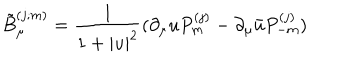
LaTeX: \tilde { B } _ { \mu } ^ { ( j ; m ) } = \frac { 1 } { 1 + | u | ^ { 2 } } ( \partial _ { \mu } u P _ { m } ^ { ( j ) } - \partial _ { \mu } \bar { u } P _ { - m } ^ { ( j ) } )